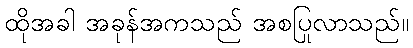
ထိုအခါ အခုန်အကသည် အစပြုလာသည်။